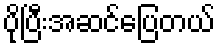
ပိုပြီးအဆင်ပြေတယ်